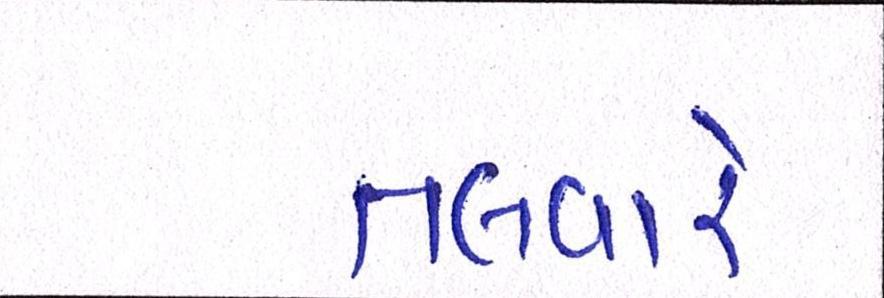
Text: તલવારે